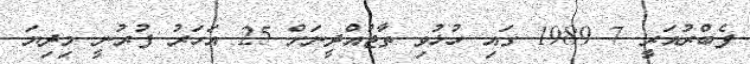
ފެބްރުއަރީ 7 1989 ގައި ހުޅުވި ތާޖުއްދީނަށް 25 އަހަރު ފުރުނީ މިދިޔަ